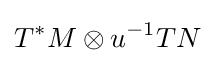
T^{\ast }M\otimes u^{-1}TN